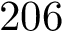
2 0 6